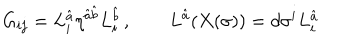
G _ { i j } = L _ { i } ^ { \hat { a } } \eta ^ { { \hat { a } } { \hat { b } } } L _ { i } ^ { \hat { b } } \, , \qquad L ^ { \hat { a } } ( X ( \sigma ) ) = d \sigma ^ { i } L _ { i } ^ { \hat { a } } \,